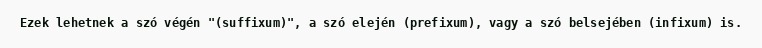
Ezek lehetnek a szó végén "(suffixum)", a szó elején (prefixum), vagy a szó belsejében (infixum) is.